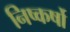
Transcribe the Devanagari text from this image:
निष्कर्षो